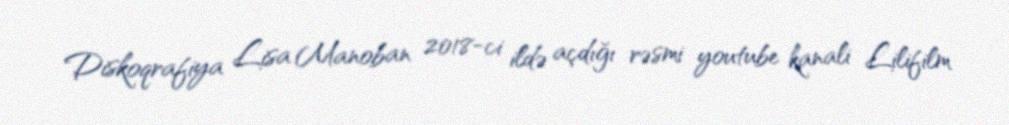
Diskoqrafiya Lisa Manoban 2018-ci ildə açdığı rəsmi youtube kanali Lilifilm